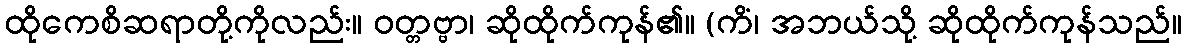
ထိုကေစိဆရာတို့ကိုလည်း။ ဝတ္တဗ္ဗာ၊ ဆိုထိုက်ကုန်၏။ (ကိံ၊ အဘယ်သို့ ဆိုထိုက်ကုန်သည်။